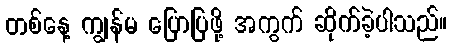
တစ်နေ့ ကျွန်မ ပြောပြဖို့ အကွက် ဆိုက်ခဲ့ပါသည်။